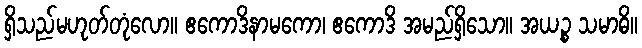
ရှိသည်မဟုတ်တုံလော။ ဧကောဒိနာမကော၊ ဧကောဒိ အမည်ရှိသော။ အယဉ္စ သမာဓိ။